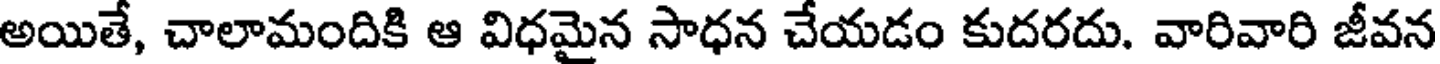
అయితే, చాలామందికి ఆ విధమైన సాధన చేయడం కుదరదు. వారివారి జీవన